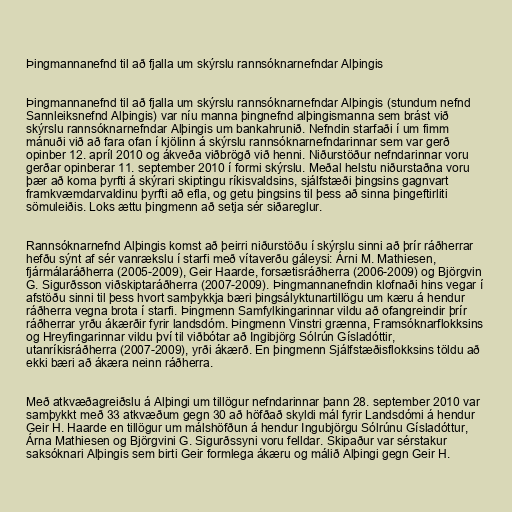
Þingmannanefnd til að fjalla um skýrslu rannsóknarnefndar Alþingis

Þingmannanefnd til að fjalla um skýrslu rannsóknarnefndar Alþingis (stundum nefnd
Sannleiksnefnd Alþingis) var níu manna þingnefnd alþingismanna sem brást við
skýrslu rannsóknarnefndar Alþingis um bankahrunið. Nefndin starfaði í um fimm
mánuði við að fara ofan í kjölinn á skýrslu rannsóknarnefndarinnar sem var gerð
opinber 12. apríl 2010 og ákveða viðbrögð við henni. Niðurstöður nefndarinnar voru
gerðar opinberar 11. september 2010 í formi skýrslu. Meðal helstu niðurstaðna voru
þær að koma þyrfti á skýrari skiptingu ríkisvaldsins, sjálfstæði þingsins gagnvart
framkvæmdarvaldinu þyrfti að efla, og getu þingsins til þess að sinna þingeftirliti
sömuleiðis. Loks ættu þingmenn að setja sér siðareglur.

Rannsóknarnefnd Alþingis komst að þeirri niðurstöðu í skýrslu sinni að þrír ráðherrar
hefðu sýnt af sér vanrækslu í starfi með vítaverðu gáleysi: Árni M. Mathiesen,
fjármálaráðherra (2005-2009), Geir Haarde, forsætisráðherra (2006-2009) og Björgvin
G. Sigurðsson viðskiptaráðherra (2007-2009). Þingmannanefndin klofnaði hins vegar í
afstöðu sinni til þess hvort samþykkja bæri þingsályktunartillögu um kæru á hendur
ráðherra vegna brota í starfi. Þingmenn Samfylkingarinnar vildu að ofangreindir þrír
ráðherrar yrðu ákærðir fyrir landsdóm. Þingmenn Vinstri grænna, Framsóknarflokksins
og Hreyfingarinnar vildu því til viðbótar að Ingibjörg Sólrún Gísladóttir,
utanríkisráðherra (2007-2009), yrði ákærð. En þingmenn Sjálfstæðisflokksins töldu að
ekki bæri að ákæra neinn ráðherra.

Með atkvæðagreiðslu á Alþingi um tillögur nefndarinnar þann 28. september 2010 var
samþykkt með 33 atkvæðum gegn 30 að höfðað skyldi mál fyrir Landsdómi á hendur
Geir H. Haarde en tillögur um málshöfðun á hendur Ingubjörgu Sólrúnu Gísladóttur,
Árna Mathiesen og Björgvini G. Sigurðssyni voru felldar. Skipaður var sérstakur
saksóknari Alþingis sem birti Geir formlega ákæru og málið Alþingi gegn Geir H.